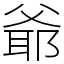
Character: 爺